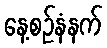
နေ့စဉ်နံနက်